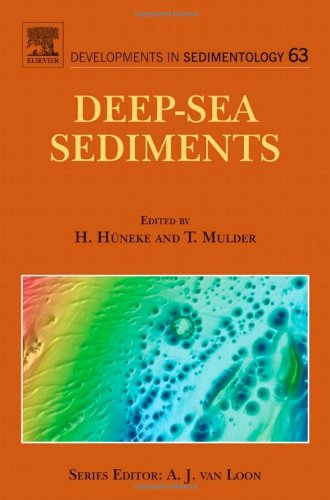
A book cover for Deep-Sea Sediments, Volume 63 (Developments in Sedimentology); Science & Math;